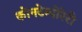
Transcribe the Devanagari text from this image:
कोनटेम्पोरेरी